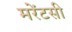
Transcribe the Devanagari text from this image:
मरेंटसी